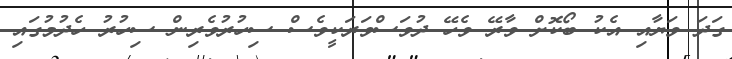
ގަދަ ވަޔާއި އެކު ބޯކޮށް ވާރޭ ވެހޭ ދުވަސްވަރަކީވެސް ސިހުރުވެރިން ސިހުރު ހެދުމުގައި